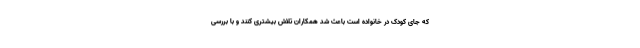
که جای کودک در خانواده است باعث شد همکاران تلاش بیشتری کنند و با بررسی